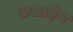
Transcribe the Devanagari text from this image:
फ़लाइंग